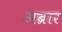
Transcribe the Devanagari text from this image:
अब्रार